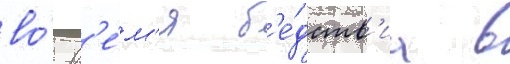
во́ вр'е́м'я б'е́дств'иа в